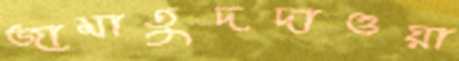
জামাতুদদাওয়া